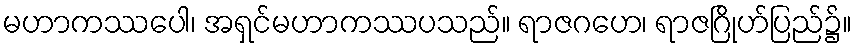
မဟာကဿပေါ၊ အရှင်မဟာကဿပသည်။ ရာဇဂဟေ၊ ရာဇဂြိုဟ်ပြည်၌။